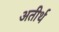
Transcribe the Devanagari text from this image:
अतीर्थ